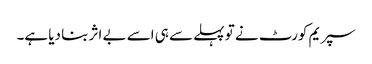
سپریم کورٹ نے تو پہلے سے ہی اسے بے اثر بنا دیا ہے۔